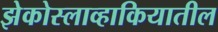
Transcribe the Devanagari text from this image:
झेकोस्लाव्हाकियातील